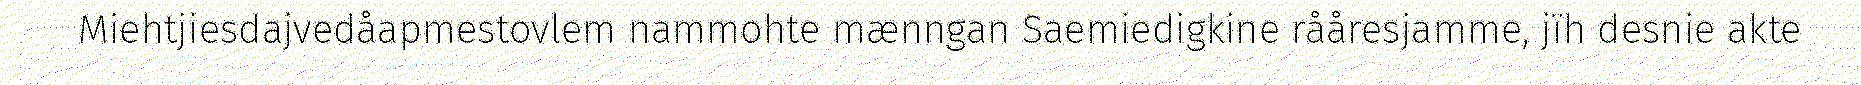
Miehtjiesdajvedåapmestovlem nammohte mænngan Saemiedigkine rååresjamme, jïh desnie akte